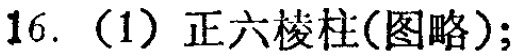
16.（1）正六棱柱(图略);